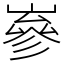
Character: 嵾